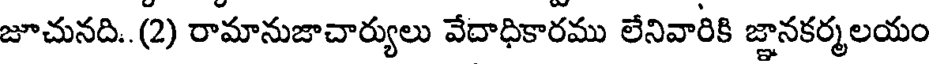
జూచునది.. (2) రామానుజాచార్యులు వేదాధికారము లేనివారికి జ్ఞానకర్మలయం